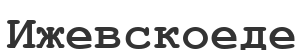
Ижевскоеде